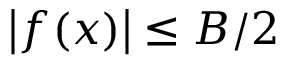
\left| f ( x ) \right| \le B / 2